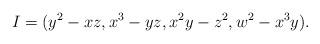
LaTeX: \begin{align*}I=(y^2-xz,x^3-yz,x^2y-z^2,w^2-x^3y).\end{align*}